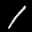
Label: 1